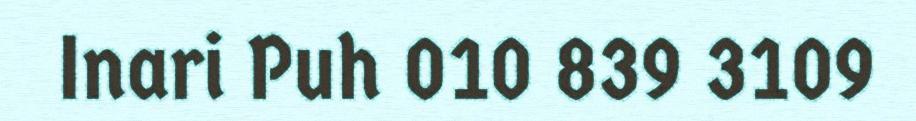
Inari Puh 010 839 3109